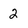
Character: 2